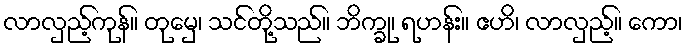
လာလှည့်ကုန်။ တုမှေ၊ သင်တို့သည်။ ဘိက္ခု၊ ရဟန်း။ ဧဟိ၊ လာလှည့်။ ကော၊